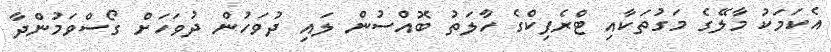
އެކަމަކު މާލޭގެ މަގުތަކާއި ޓްރެފިކްގެ ހާލަތު ބޮއްސުން ލައި ދުވަހުން ދުވަހަށް ގޯސްވަމުންދާ